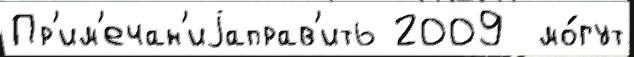
Пр'им'ечан'иjаправ'ить 2009  мо́гут